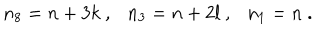
n _ { 8 } = n + 3 k \ , \ \ \ n _ { 3 } = n + 2 l \ , \ \ \ n _ { 1 } = n \ .